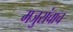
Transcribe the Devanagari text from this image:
मजुरांचाच